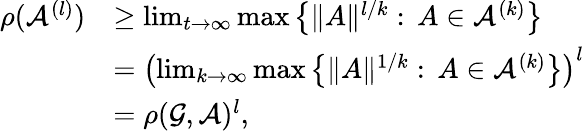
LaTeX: \begin{array}{rl}{\rho(\mathcal{A}^{(l)})}&{\geq\operatorname*{lim}_{t\to\infty}\operatorname*{max}\left\{ \| A\| ^{l/k}:\, A\in\mathcal{A}^{(k)}\right\} }\\ &{=\left(\operatorname*{lim}_{k\to\infty}\operatorname*{max}\left\{ \| A\| ^{1/k}:\, A\in\mathcal{A}^{(k)}\right\} \right)^{l}}\\ &{=\rho(\mathcal{G},\mathcal{A})^{l},}\end{array}